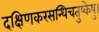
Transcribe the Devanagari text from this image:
दक्षिणकरसन्धिचतुष्केषु।